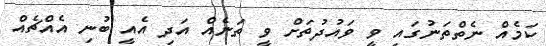
ކަމެއް ނެތްތަނުގައި ވީ ވައުދުތަށް ވީ ތަނެއް އަދި އެއީ ބުނި އެއްޗެއް